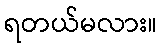
ရတယ်မလား။